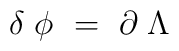
\delta \; \phi \ = \ \partial \; \Lambda